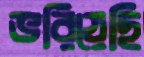
ভরিয়েছি